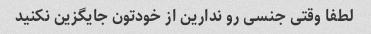
لطفا وقتی جنسی رو ندارین از خودتون جایگزین نکنید